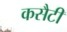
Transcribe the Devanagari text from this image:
कसैटी